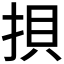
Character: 𢭲